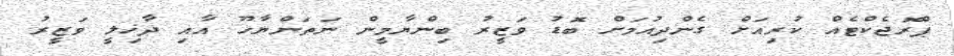
ޕްރޮޖެކްޓެއް ކުރިއަށް ގެންދިއުމަށް ބޮޑު ވަޒީރު ބިންޔާމީން ނަތަންޔާހޫ އާއި ދާޚިލީ ވަޒީރު